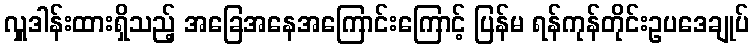
လှူဒါန်းထားရှိသည့် အခြေအနေအကြောင်းကြောင့် ပြန်မ ရန်ကုန်တိုင်းဥပဒေချုပ်